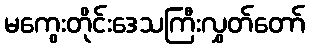
မကွေးတိုင်းဒေသကြီးလွှတ်တော်